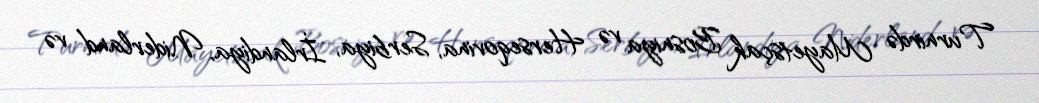
Turnirdə Mayetsçak Bosniya və Herseqovina, Serbiya, İrlandiya, Niderland və